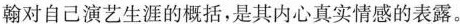
翰对自己演艺生涯的概括，是其内心真实情感的表露。